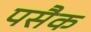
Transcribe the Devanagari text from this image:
पसैक